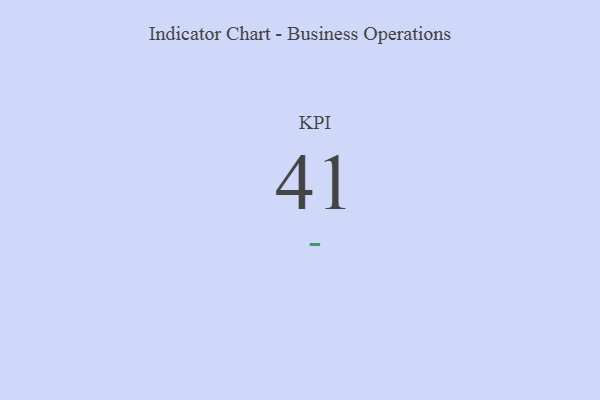
{"axis": {"x": "KPI", "y": "Value"}, "legend": [""], "data": [{"x": "KPI", "y": 41, "type": ""}]}